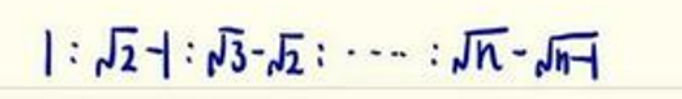
$1:\sqrt{2}-1:\sqrt{3}-\sqrt{2}:\cdots:\sqrt{n}-\sqrt{n - 1}$